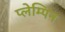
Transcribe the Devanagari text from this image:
प्लेम्पिन